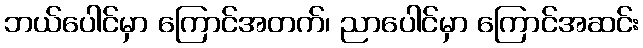
ဘယ်ပေါင်မှာ ကြောင်အတက်၊ ညာပေါင်မှာ ကြောင်အဆင်း